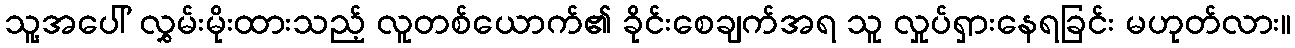
သူ့အပေါ် လွှမ်းမိုးထားသည့် လူတစ်ယောက်၏ ခိုင်းစေချက်အရ သူ လှုပ်ရှားနေရခြင်း မဟုတ်လား။